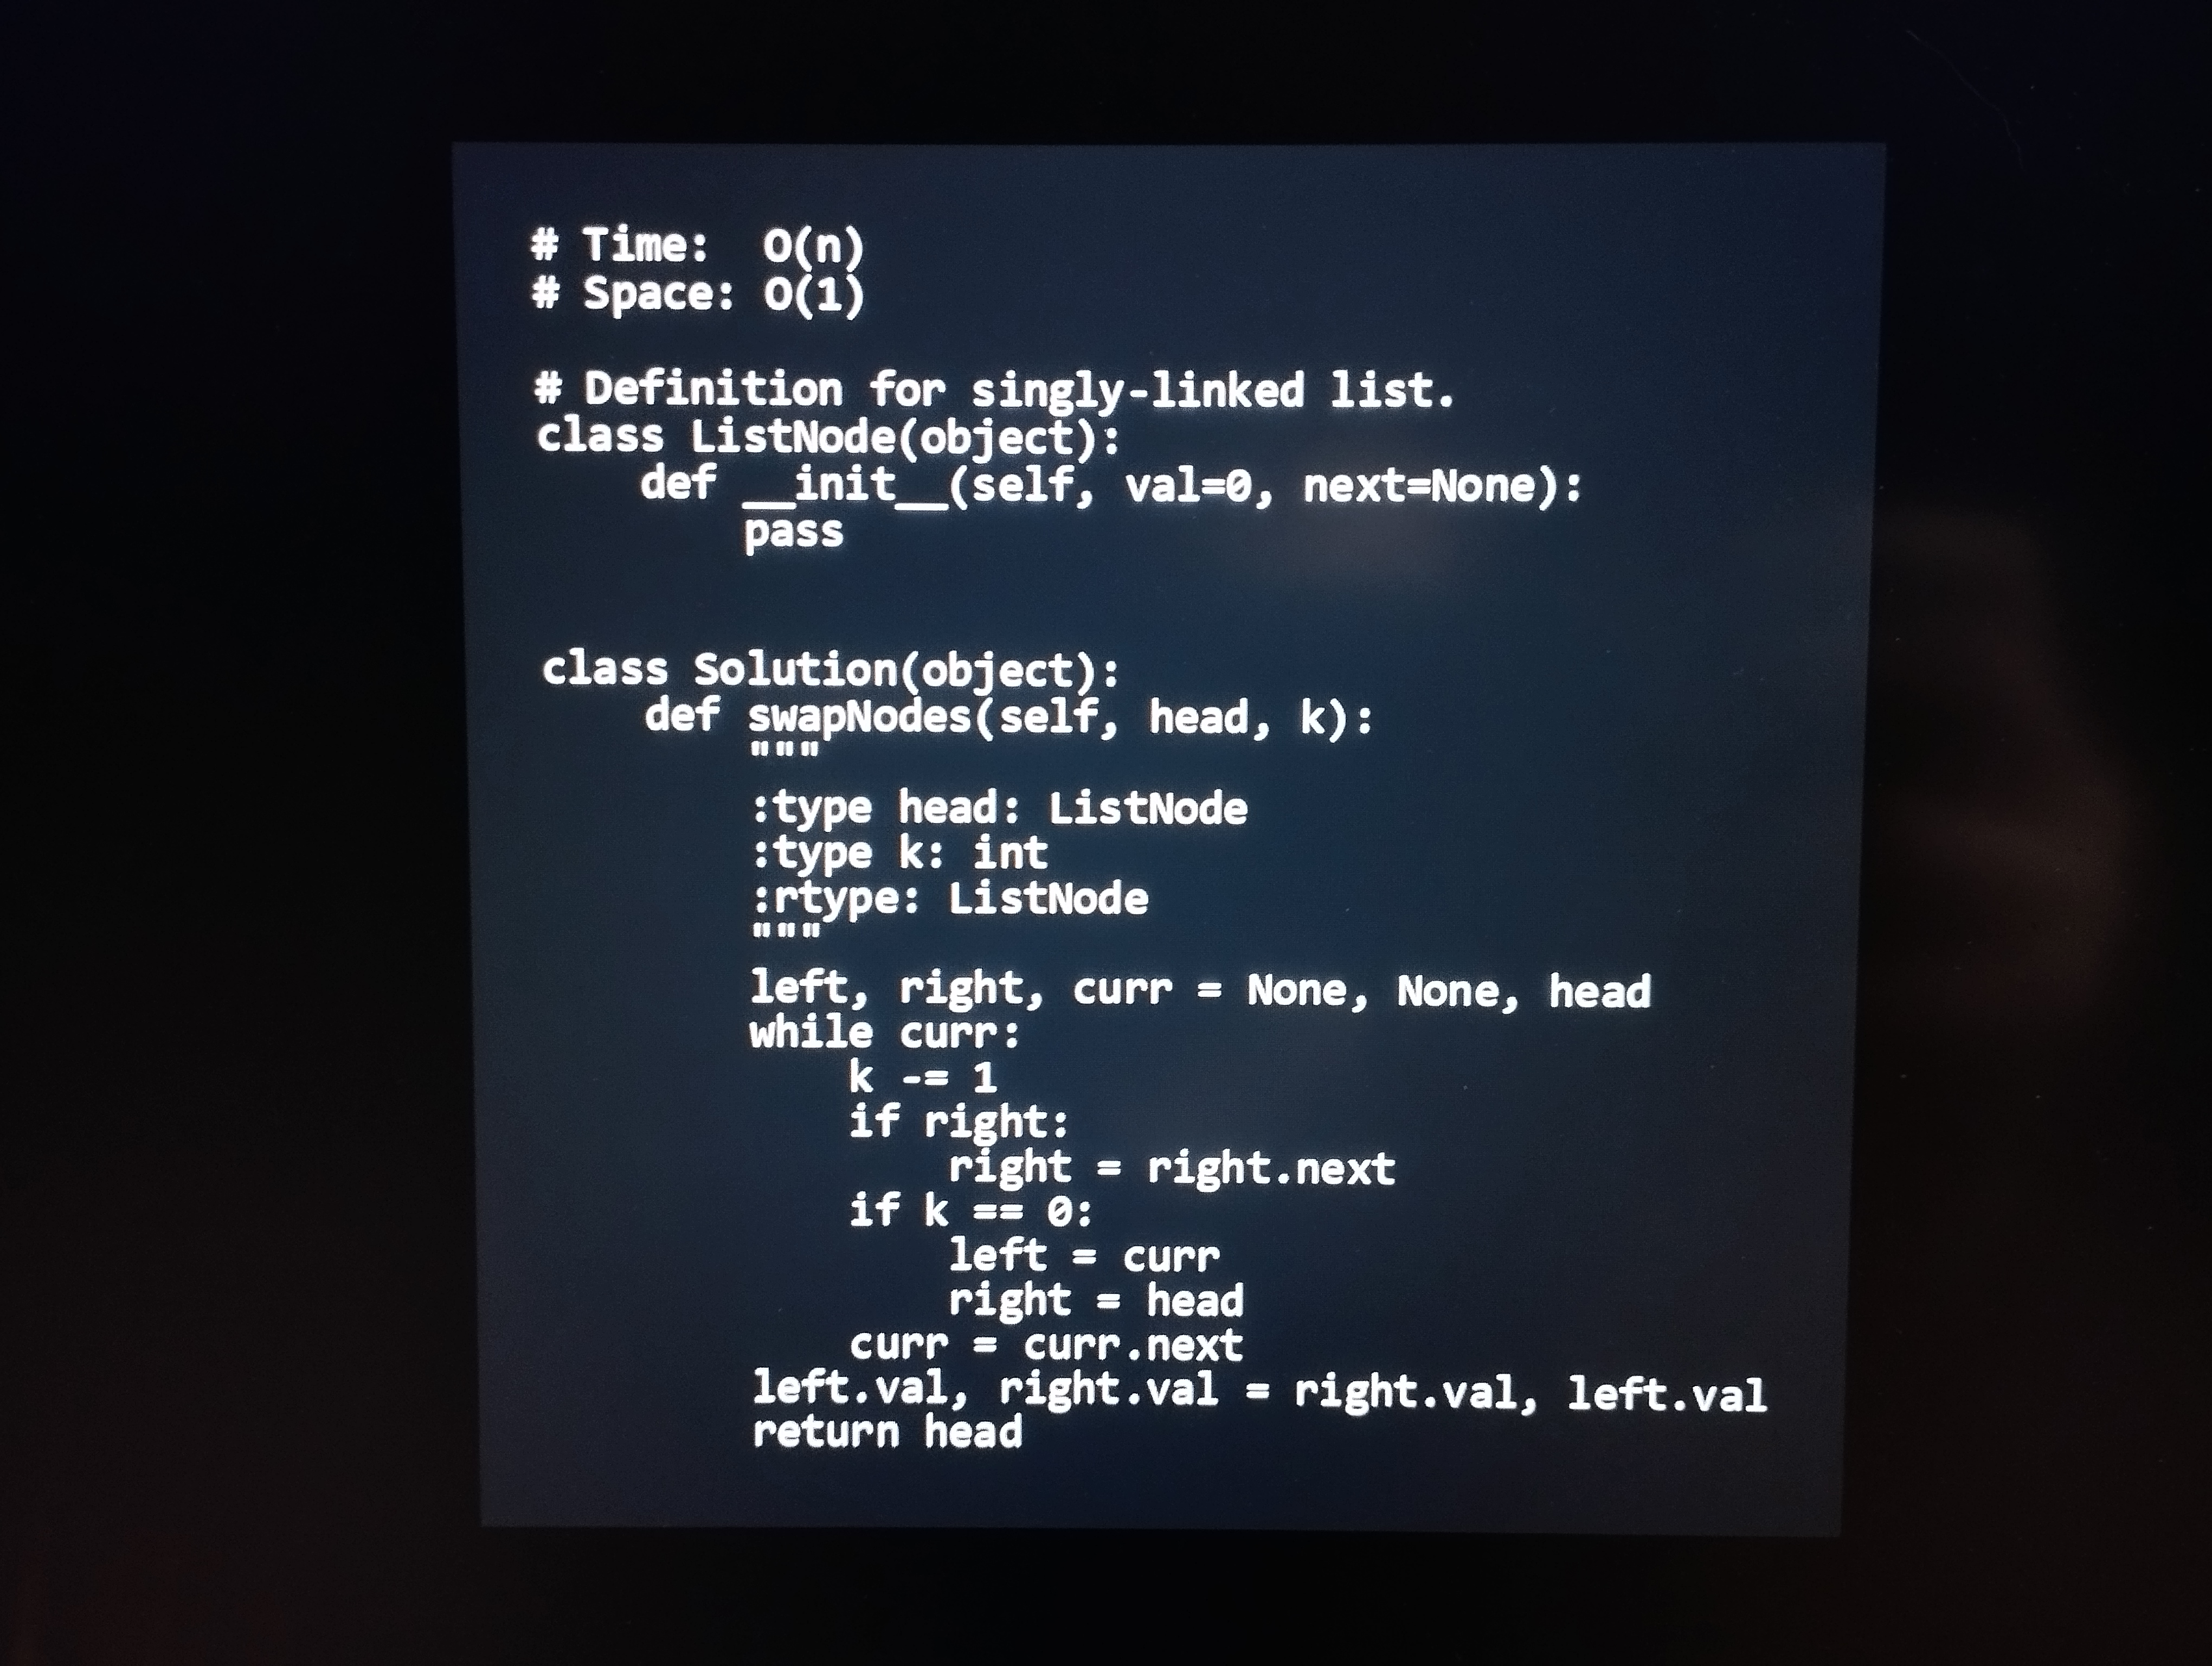
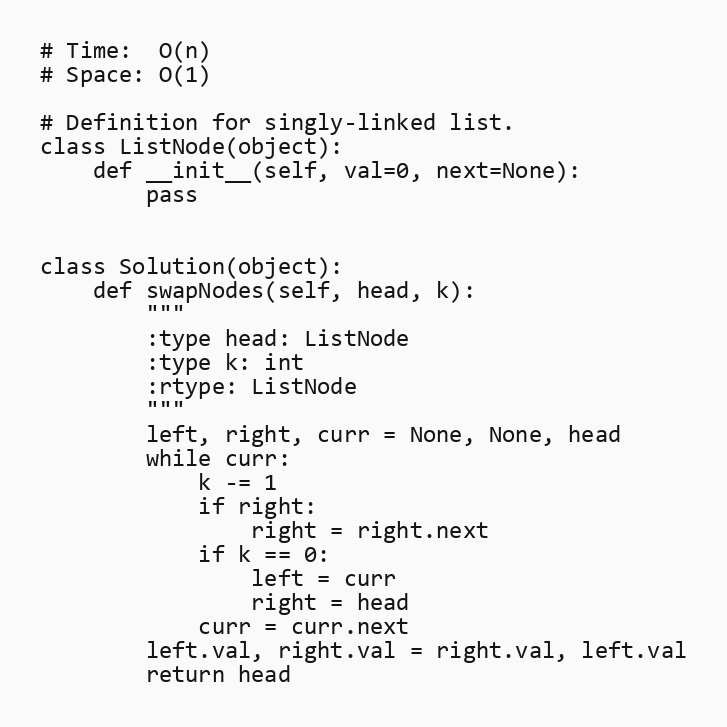
# Time:  O(n)
# Space: O(1)

# Definition for singly-linked list.
class ListNode(object):
    def __init__(self, val=0, next=None):
        pass

class Solution(object):
    def swapNodes(self, head, k):
        """
        :type head: ListNode
        :type k: int
        :rtype: ListNode
        """
        left, right, curr = None, None, head
        while curr:
            k -= 1
            if right:
                right = right.next
            if k == 0:
                left = curr
                right = head
            curr = curr.next
        left.val, right.val = right.val, left.val
        return head